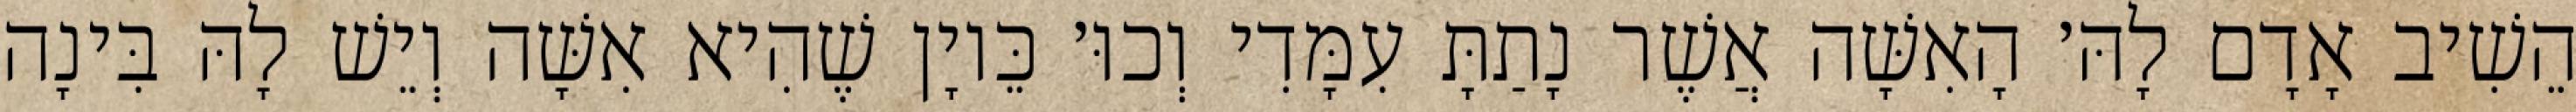
הֵשִׁיב אָדָם לָהּ׳ הָאִשָּׁה אֲשֶׁר נָתַתָּ עִמָּדִי וְכוּ׳ כֵּיוָן שֶׁהִיא אִשָּׁה וְיֵשׁ לָהּ בִּינָה